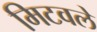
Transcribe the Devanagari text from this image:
मिटवले